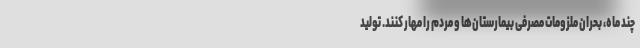
چند ماه، بحران ملزومات مصرفی بیمارستان‌ها و مردم را مهار کنند. تولید